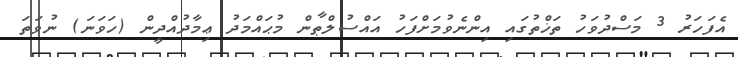
އެފަހަރު 3 މަސްދުވަހު ތަޚްތުގައި އިންނެވުމަށްފަހު އައްސުލްޠާން މުޙައްމަދު ޢިމާދުއްދީން (ހަވަނަ) ނުވަތަ